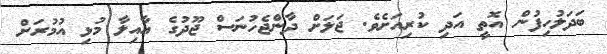
ބަދަލުހިފުން އޮތީ އަދި ކުރިއަށެވެ. ޖަލަށް ދާންޖެހުނަސް ޖޫދުގެ އާއިލާ މުޅި އުމުރަށް